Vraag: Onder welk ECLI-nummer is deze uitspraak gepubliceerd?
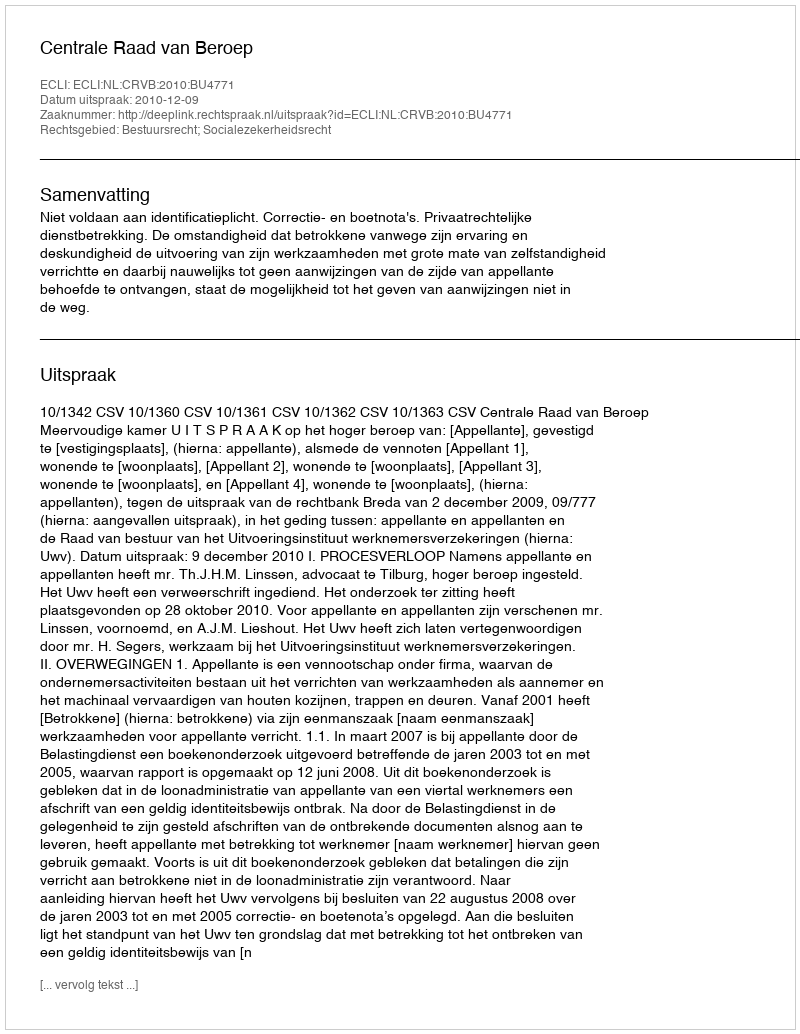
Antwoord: ECLI:NL:CRVB:2010:BU4771